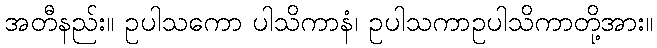
အတီနည်း။ ဥပါသကော ပါသိကာနံ၊ ဥပါသကာဥပါသိကာတို့အား။